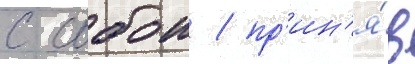
с собои / пр'ин'я́в